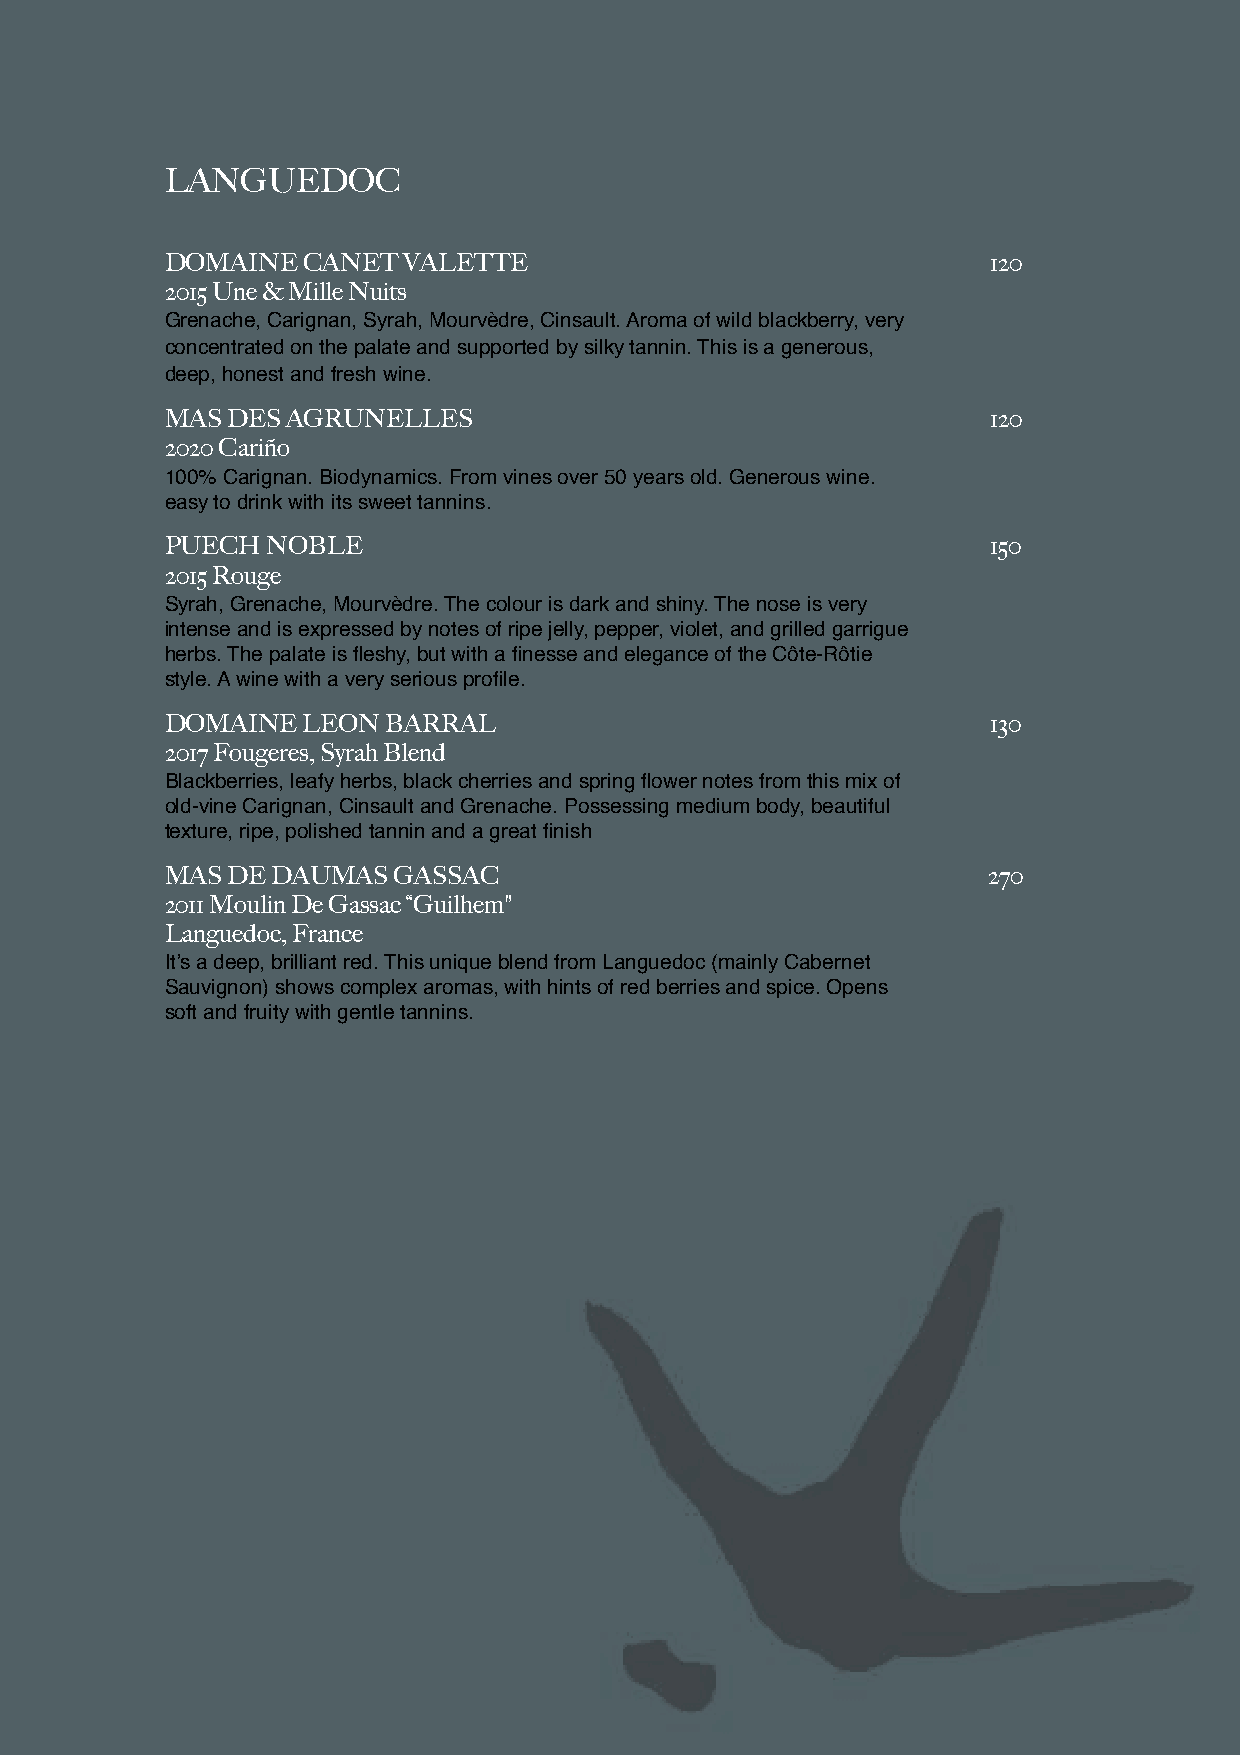
LANGUEDOC
 DOMAINE  CANET  VALETTE                                120
 2015 Une & Mille Nuits
 Grenache, Carignan, Syrah, Mourvèdre, Cinsault. Aroma of wild blackberry, very
 concentrated on the palate and supported by silky tannin. This is a generous,
 deep, honest and fresh wine.
 MAS DES AGRUNELLES                                     120
 2020 Cariño
 100% Carignan. Biodynamics. From vines over 50 years old. Generous wine.
 easy to drink with its sweet tannins.
 PUECH  NOBLE                                           150
 2015 Rouge
 Syrah, Grenache, Mourvèdre. The colour is dark and shiny. The nose is very
 intense and is expressed by notes of ripe jelly, pepper, violet, and grilled garrigue
 herbs. The palate is fleshy, but with a finesse and elegance of the Côte-Rôtie
 style. A wine with a very serious profile.
 DOMAINE  LEON  BARRAL                                  130
 2017 Fougeres, Syrah Blend
 Blackberries, leafy herbs, black cherries and spring flower notes from this mix of
 old-vine Carignan, Cinsault and Grenache. Possessing medium body, beautiful
 texture, ripe, polished tannin and a great finish
 MAS DE DAUMAS  GASSAC                                 270
 2011 Moulin De Gassac “Guilhem"
 Languedoc, France
 It’s a deep, brilliant red. This unique blend from Languedoc (mainly Cabernet
 Sauvignon) shows complex aromas, with hints of red berries and spice. Opens
 soft and fruity with gentle tannins.